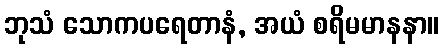
ဘုသံ သောကပရေတာနံ, အယံ စရိမမာနနာ။